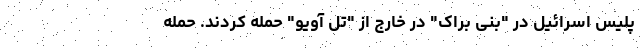
پلیس اسرائیل در "بنی براک" در خارج از "تل آویو" حمله کردند. حمله